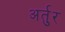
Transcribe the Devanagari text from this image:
अर्तुर